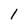
Character: l